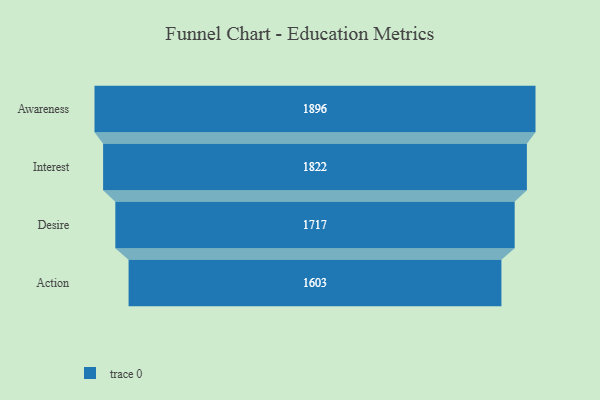
{"axis": {"x": "Stage", "y": "Value"}, "legend": [""], "data": [{"x": "Awareness", "y": 1896.0, "type": ""}, {"x": "Interest", "y": 1822.0, "type": ""}, {"x": "Desire", "y": 1717.0, "type": ""}, {"x": "Action", "y": 1603.0, "type": ""}]}